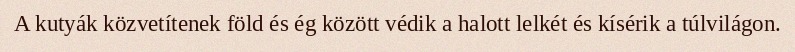
A kutyák közvetítenek föld és ég között védik a halott lelkét és kísérik a túlvilágon.